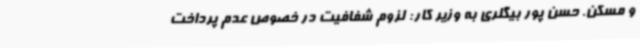
و مسکن. حسن پور بیگلری به وزیر کار: لزوم شفافیت در خصوص عدم پرداخت